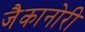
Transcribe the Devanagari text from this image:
जैकानोरी